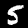
Label: 5